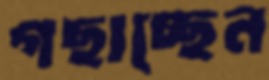
গছাচ্ছেন